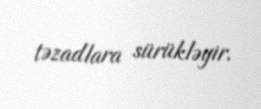
təzadlara sürükləyir.